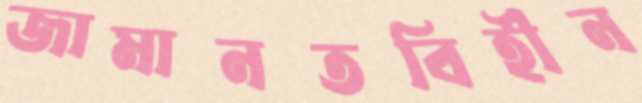
জামানতবিহীন